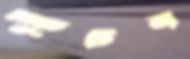
স্ফুটন